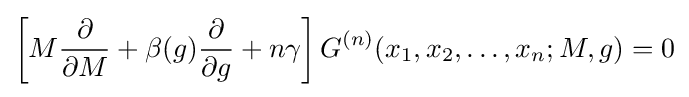
\left[M{\frac {\partial }{\partial M}}+\beta (g){\frac {\partial }{\partial g}}+n\gamma \right]G^{(n)}(x_{1},x_{2},\ldots ,x_{n};M,g)=0